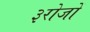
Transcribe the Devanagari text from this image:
३रोजों